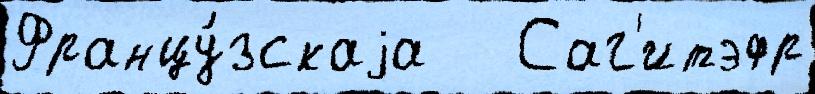
Францу́зскаjа   Саг'итэфр